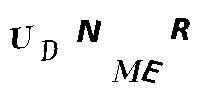
UDNMER